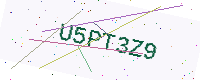
Text: U5PT3Z9